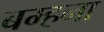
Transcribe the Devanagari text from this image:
बम्‍हना